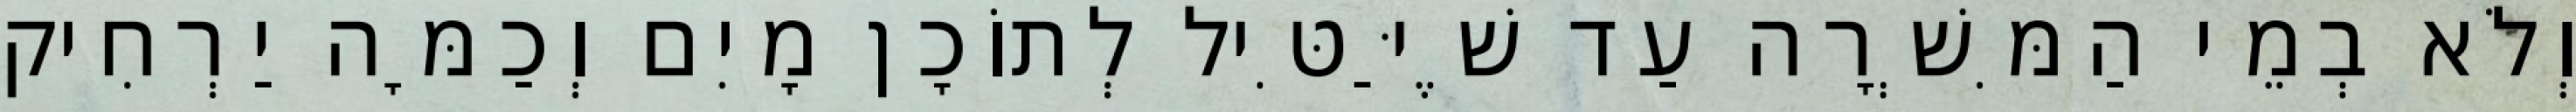
וְלֹא בְמֵי הַמִּשְׁרָה עַד שֶׁיַּטִּיל לְתוֹכָן מָיִם וְכַמָּה יַרְחִיק